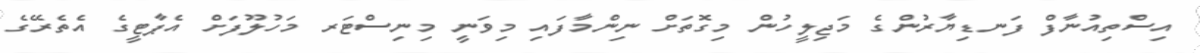
އިސްތިއުނާފް ފަނޑިޔާރުންގެ މަޖިލީހުން މިގޮތަށް ނިންމާފައި މިވަނީ މިނިސްޓަރ މަހުލޫފަށް އެޕާޓީގެ އެތެރޭގެ